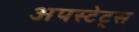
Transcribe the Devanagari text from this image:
अपस्टेट्स